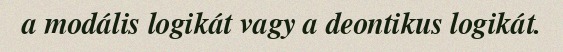
a modális logikát vagy a deontikus logikát.